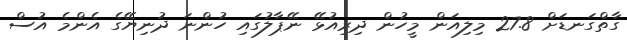
ގާތްގަނޑަށް 27.8 މިލިއަން މީހުން ދިރިއުޅޭ ނޭޕާލުގައި ހުންނަ ދުނިޔޭގެ އެންމެ އުސް